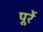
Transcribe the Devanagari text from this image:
पूर्रे